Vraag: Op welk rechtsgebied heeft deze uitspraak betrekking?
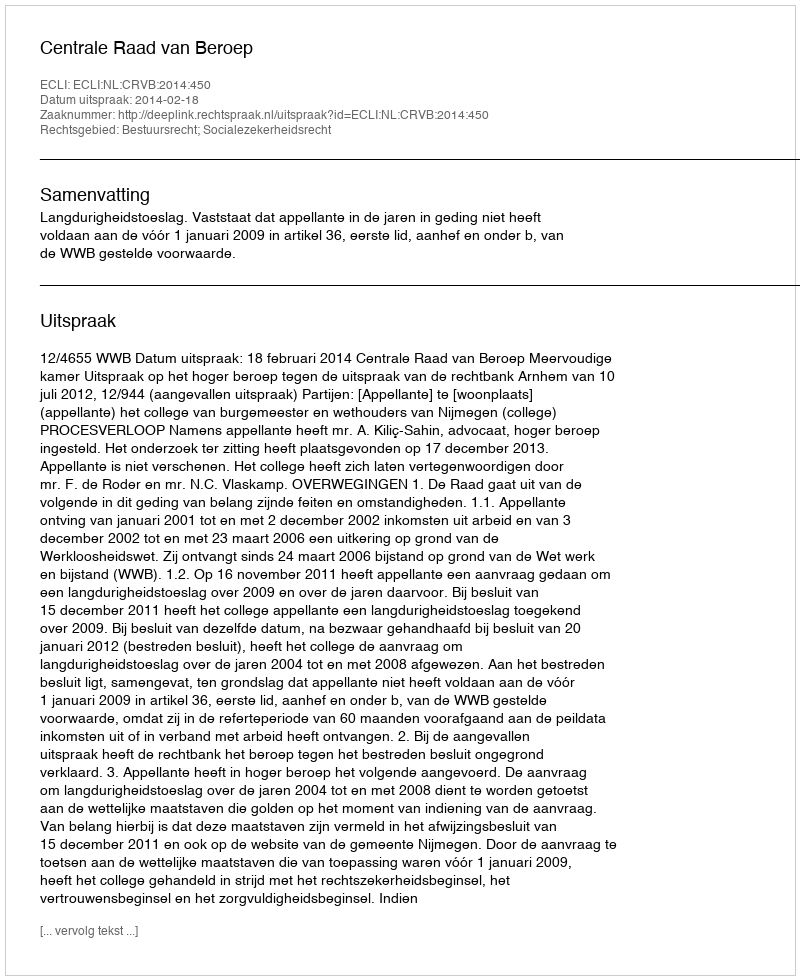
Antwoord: Bestuursrecht; Socialezekerheidsrecht